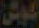
كوش